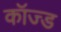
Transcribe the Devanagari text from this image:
कॉज्ड